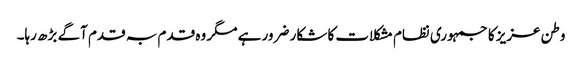
وطن عزیز کا جمہوری نظام مشکلات کا شکار ضرور ہے مگر وہ قدم بہ قدم آگے بڑھ رہا۔